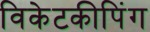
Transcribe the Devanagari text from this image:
विकेटकीपिंग